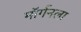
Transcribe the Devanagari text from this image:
मॉर्गनला